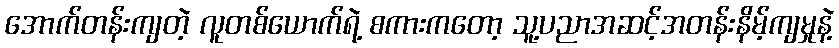
အောက်တန်းကျတဲ့ လူတစ်ယောက်ရဲ့ စကားကတော့ သူ့ပညာအဆင့်အတန်းနိမ့်ကျမှုနဲ့